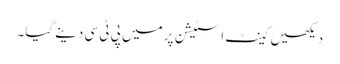
دیکھیں کینٹ اسٹیشن پر میں پی ٹی سی دینے گیا۔